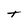
Character: t